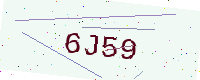
Text: 6J59